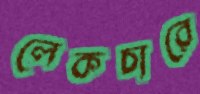
লেকচারে